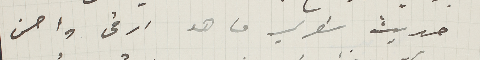
حديث شعري ما هو ارقى واحسن